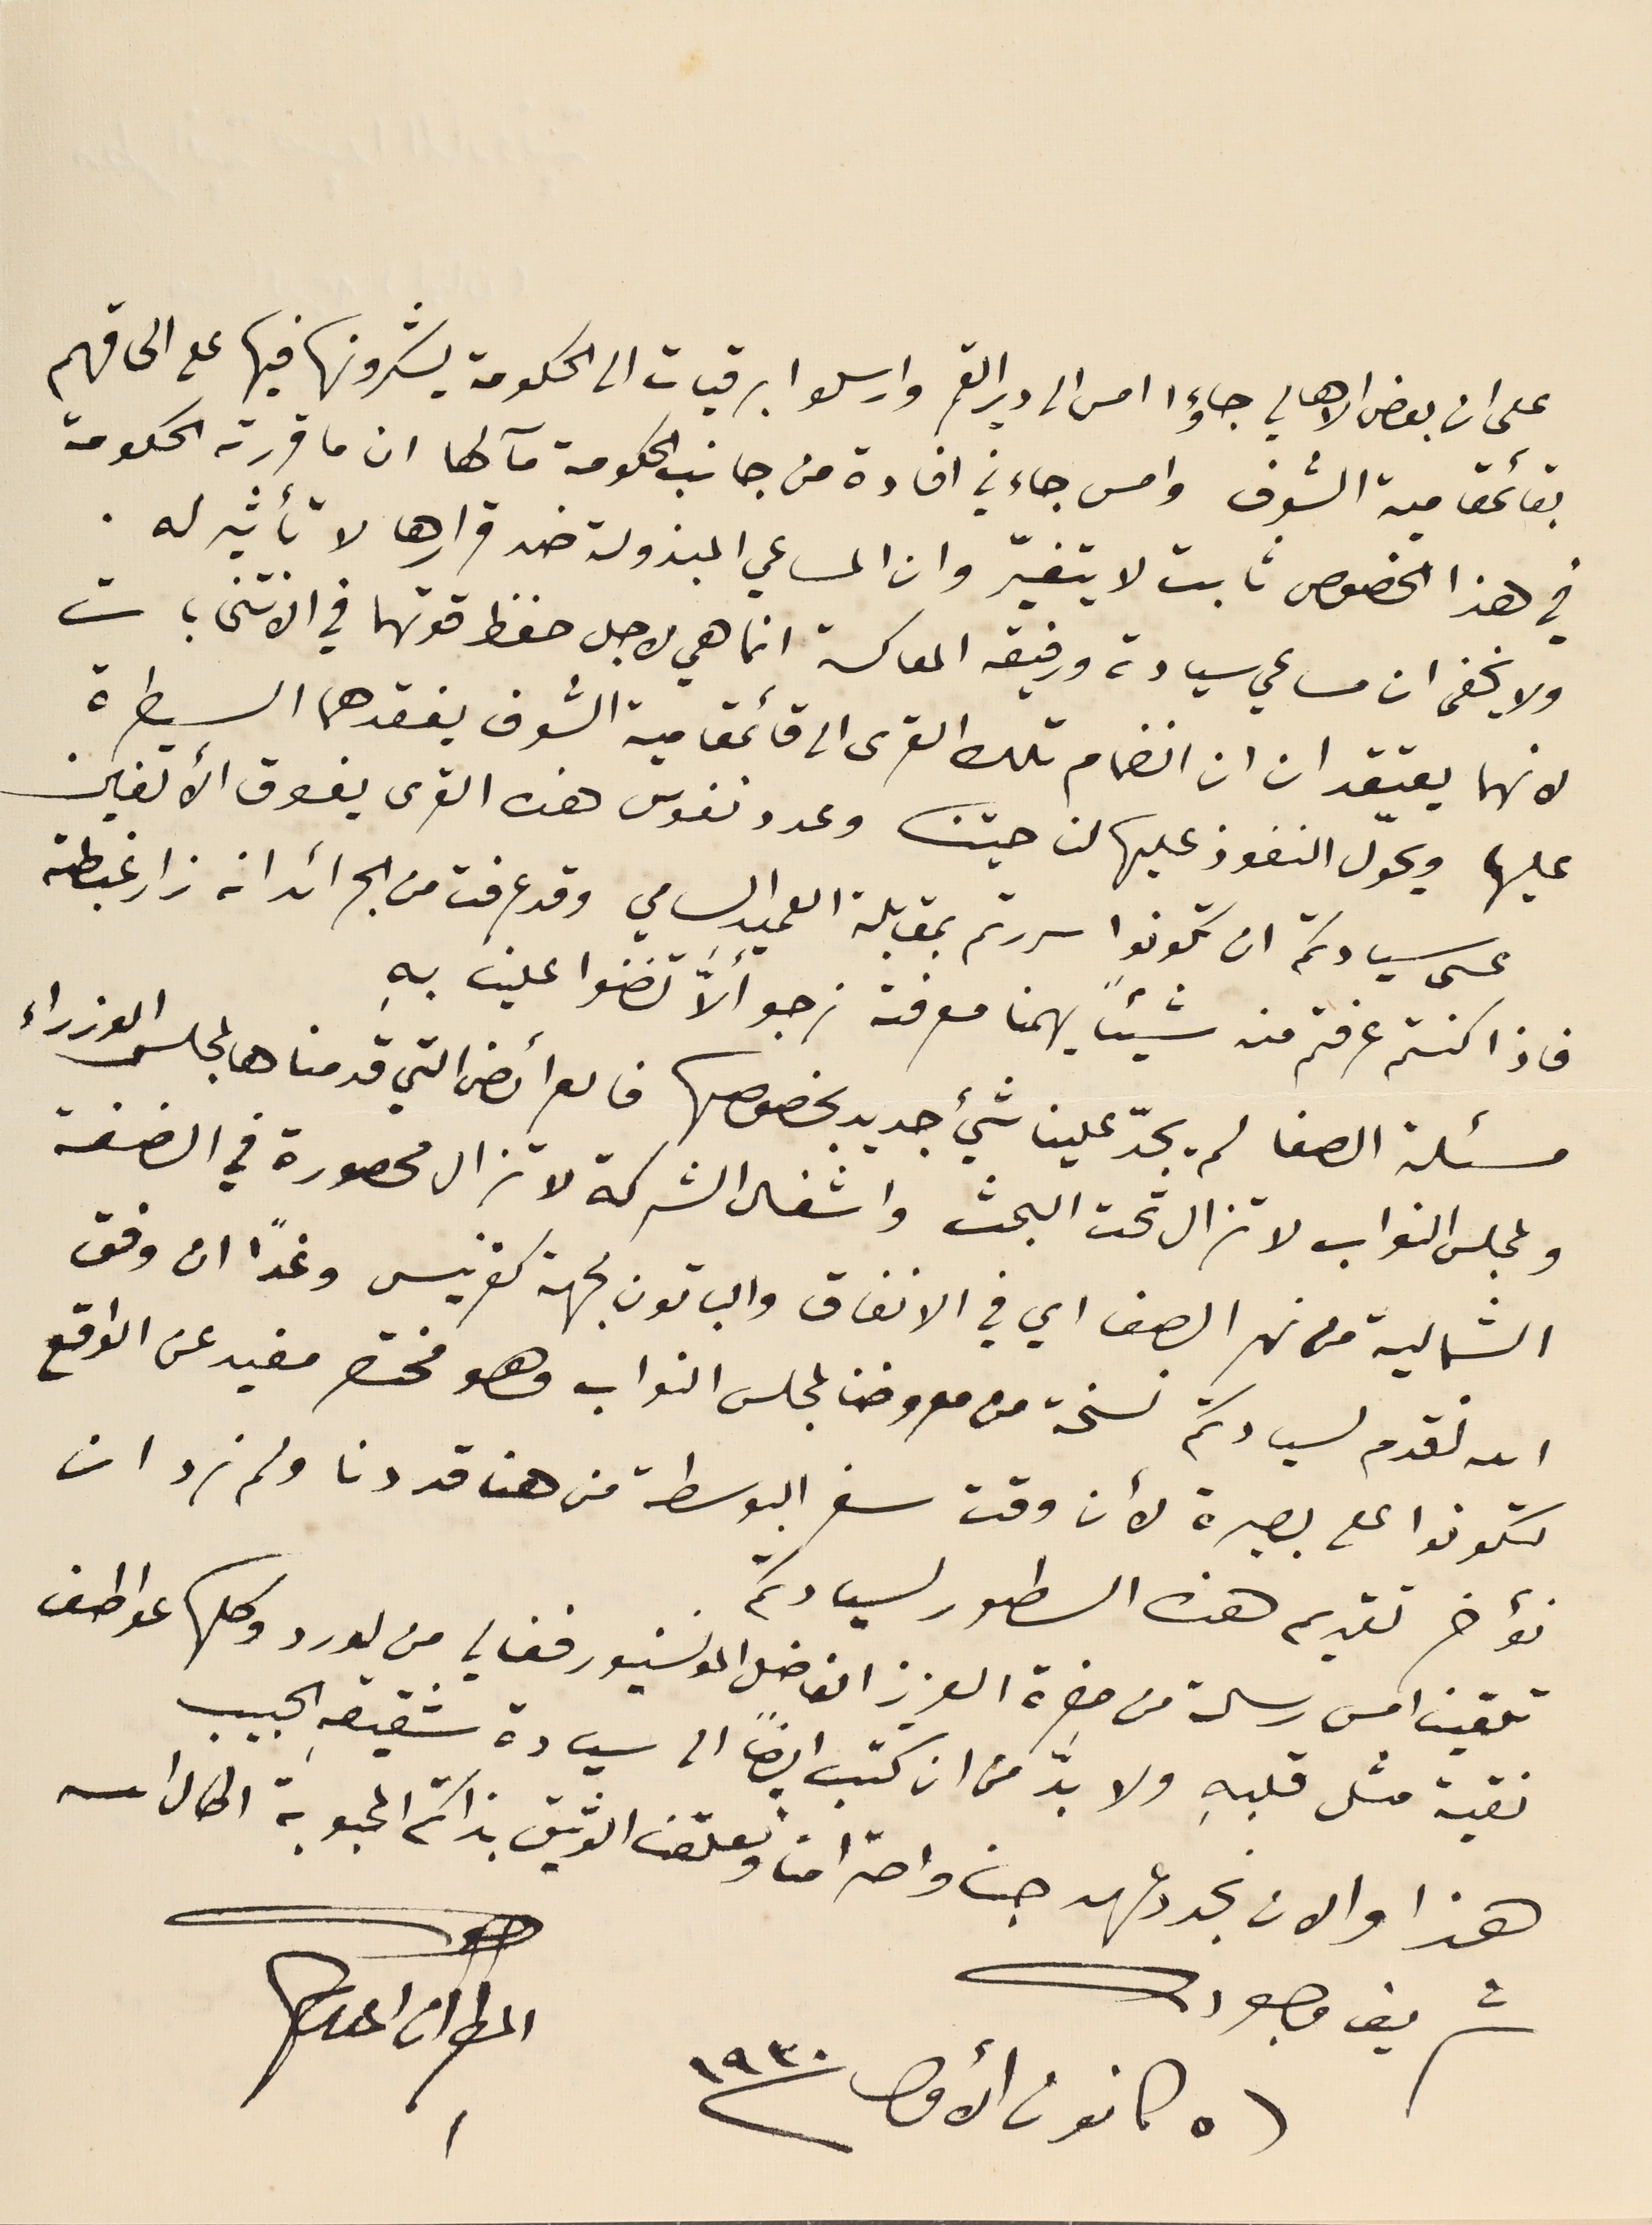
على ان بعض الاهالي جاؤا امس الى دير القمر وارسلوا برقيات الى الحكومة يشكرونها فيها على الحاقهم
بقائمقامية الشوف وامس جاءني افادة من جانب الحكومة مآلها ان ما قررته الحكومة
في هذا الخصوص ثابت لا يتغيّر وان المساعي المبذولة ضد قرارها لا تأثير له.
ولا يخفى ان مساعي سيادته ورفيقه المعاكسة انما هي لاجل حفظ قوتهما في الانتخابات
لانهما يعتقدان ان انضمام تلك القرى الى قائمقامية الشوف يفقدهما السيطرة
عليها ويحوّل النفوذ عليها لناحيتنا وعدد نفوس هذه القرى يفوق الألفين
عسى سيادتكم ان تكونوا سررتم بمقابلة العميد السامي وقد عرفت من الجرائد انه زار غبطته
فاذا كنتم عرفتم منه شيئاً يهمنا معرفته نرجو الاَّ تضنوا علينا بهِ
مسئلة الصفا لم يجدّ علينا شيء جديد بخصوصها فالعرائض التي قدمناها لمجلس الوزراء
 ولمجلس النواب لا تزال تحت البحث واشغال الشركة لا تزال محصورة في الضفة
 الشمالية من نهر الصفا اي في الانفاق والباقون لجهة كفرنيس وغداً ان وفق
الله نقدم لسيادتكم نسخة من معروضنا لمجلس النواب وهو مختصر مفيد عن الواقع
لتكونوا على بصيرة لأن وقت سفر البوسطة من هنا قد دنا ولم نرد ان
 نؤخر تقديم هذه السطور لسيادتكم
 تلقينا امس رسالة من حضرة العزيز الفاضل المونسنيور فغالي من لورد وكلها عواطف
 نقية مثل قلبهِ ولا بدَّ من ان كتب ايضاً الى سيادة شقيقهِ الحبيب
 هذا والان نجدد عهد حبنا واحترامنا ونعلّق الوثيق بذاتكم المحبوبة اطال الله
شريف وجودكم
فى ٥ كانون الأول سنة ١٩٣٠
المطران